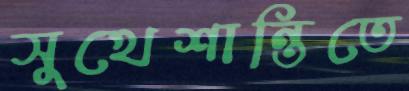
সুখেশান্তিতে